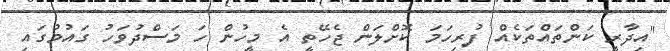
"އިދާރީ ކަންތައްތަކެއް ފުރިހަމަ ކޮށްލަން ޖެހޭތީ އެ މީހުން ހަ މަސްދުވަހު ގައުމުގައި